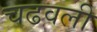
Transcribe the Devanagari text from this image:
चढवली